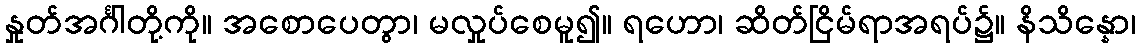
နှုတ်အင်္ဂါတို့ကို။ အစောပေတွာ၊ မလှုပ်စေမူ၍။ ရဟော၊ ဆိတ်ငြိမ်ရာအရပ်၌။ နိသိန္နော၊